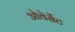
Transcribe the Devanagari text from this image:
ओवेर्सेट